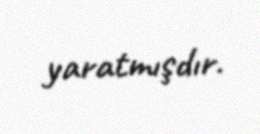
yaratmışdır.